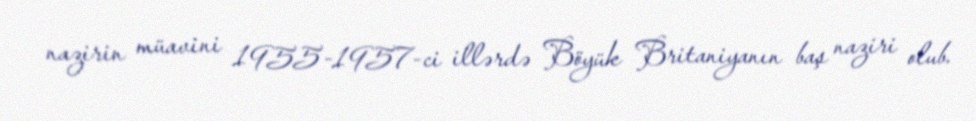
nazirin müavini 1955-1957-ci illərdə Böyük Britaniyanın baş naziri olub.